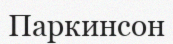
Паркинсон